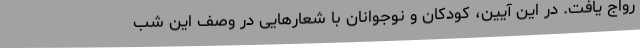
رواج یافت. در این آیین، کودکان و نوجوانان با شعارهایی در وصف این شب